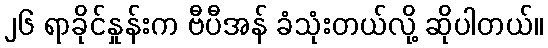
၂၆ ရာခိုင်နှုန်းက ဗီပီအန် ခံသုံးတယ်လို့ ဆိုပါတယ်။